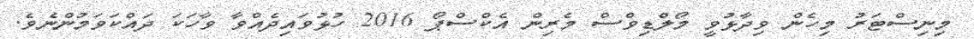
މިނިސްޓަރު މިހެން ވިދާޅުވީ މޯލްޑިވްސް މެރިން އެކްސްޕޯ 2016 ހުޅުވައިދެއްވާ ވާހަކަ ދައްކަވަމުންނެވެ.